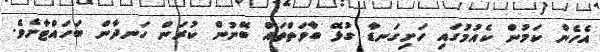
އެހެން ކަމުން ކެއުމުގައި ހަށިގަނޑާ ގުޅޭ ބާވަތްތައް ބޭނުން ކުރަން ހަނދާން ބަހައްޓާށެވެ.